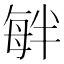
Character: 𣫷